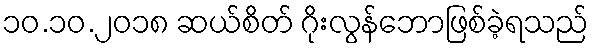
၁၀.၁၀.၂၀၁၈ ဆယ်စိတ် ဂိုးလွန်ဘောဖြစ်ခဲ့ရသည်